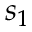
s _ { 1 }